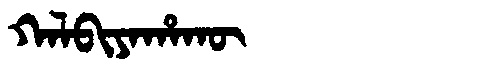
Manchu: ᡴᠠᠯᠪᡳᠶᠠᡥᠠᡴᡡ
Romanization: KALBIYAHAKŪ